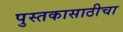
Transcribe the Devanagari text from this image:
पुस्तकासाठीचा